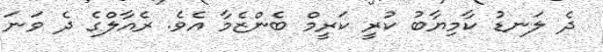
ދެ ލަނޑު ކާމިޔާބު ކުރީ ކަރީމް ބެންޒެމާ އެވެ. ރެއާލްގެ ދެ ވަނަ